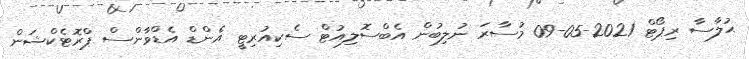
ޙުލާސާ ރިޕޯޓް 2021-05-09 މުސާރަ ނުލިބުން އެބްސޮލިއުޓް ސެކިއުރިޓީ އެންޑް އެޑްވާންސް ޕްރޮޓެކްޝަން